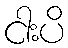
ငါးပိ